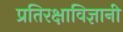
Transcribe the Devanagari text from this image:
प्रतिरक्षाविज्ञानी